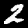
Label: 2